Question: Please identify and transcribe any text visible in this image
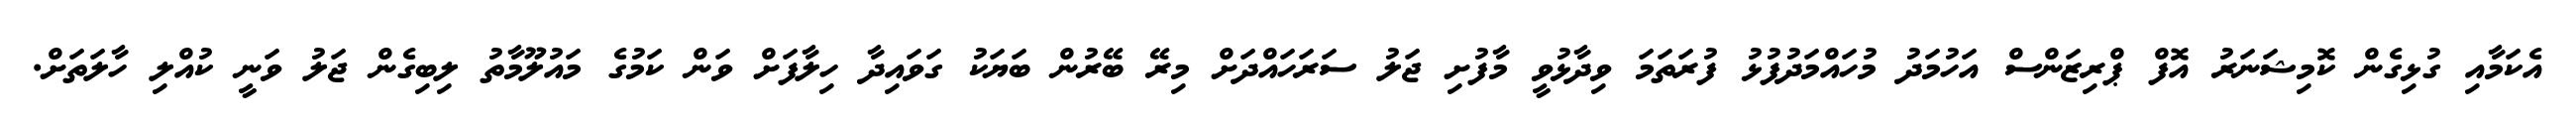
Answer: އެކަމާއި ގުޅިގެން ކޮމިޝަނަރު އޮފް ޕްރިޒަންސް އަހުމަދު މުހައްމަދުފުޅު ފުރަތަމަ ވިދާޅުވީ މާފުށި ޖަލު ސަރަހައްދަށް މިރޭ ބޭރުން ބަޔަކު ގަވައިދާ ހިލާފަށް ވަން ކަމުގެ މައުލޫމާތު ލިބިގެން ޖަލު ވަނީ ކުއްލި ހާލަތަށް.